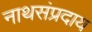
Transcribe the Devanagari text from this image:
नाथसंप्रदाय